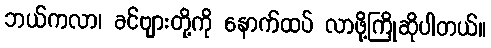
ဘယ်ကလာ၊ ခင်ဗျားတို့ကို နောက်ထပ် လာဖို့ကြိုဆိုပါတယ်။